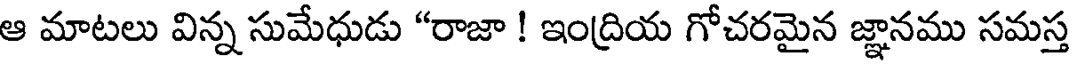
ఆ మాటలు విన్న సుమేధుడు "రాజా ! ఇంద్రియ గోచరమైన జ్ఞానము సమస్త